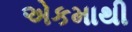
એકમાથી